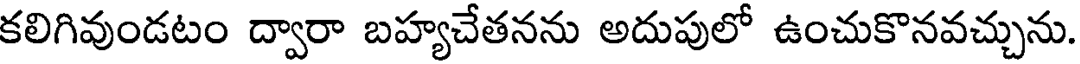
కలిగివుండటం ద్వారా బహ్యచేతనను అదుపులో ఉంచుకొనవచ్చును.